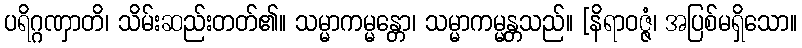
ပရိဂ္ဂဏှာတိ၊ သိမ်းဆည်းတတ်၏။ သမ္မာကမ္မန္တော၊ သမ္မာကမ္မန္တသည်။ [နိရာဝဇ္ဇံ၊ အပြစ်မရှိသော။